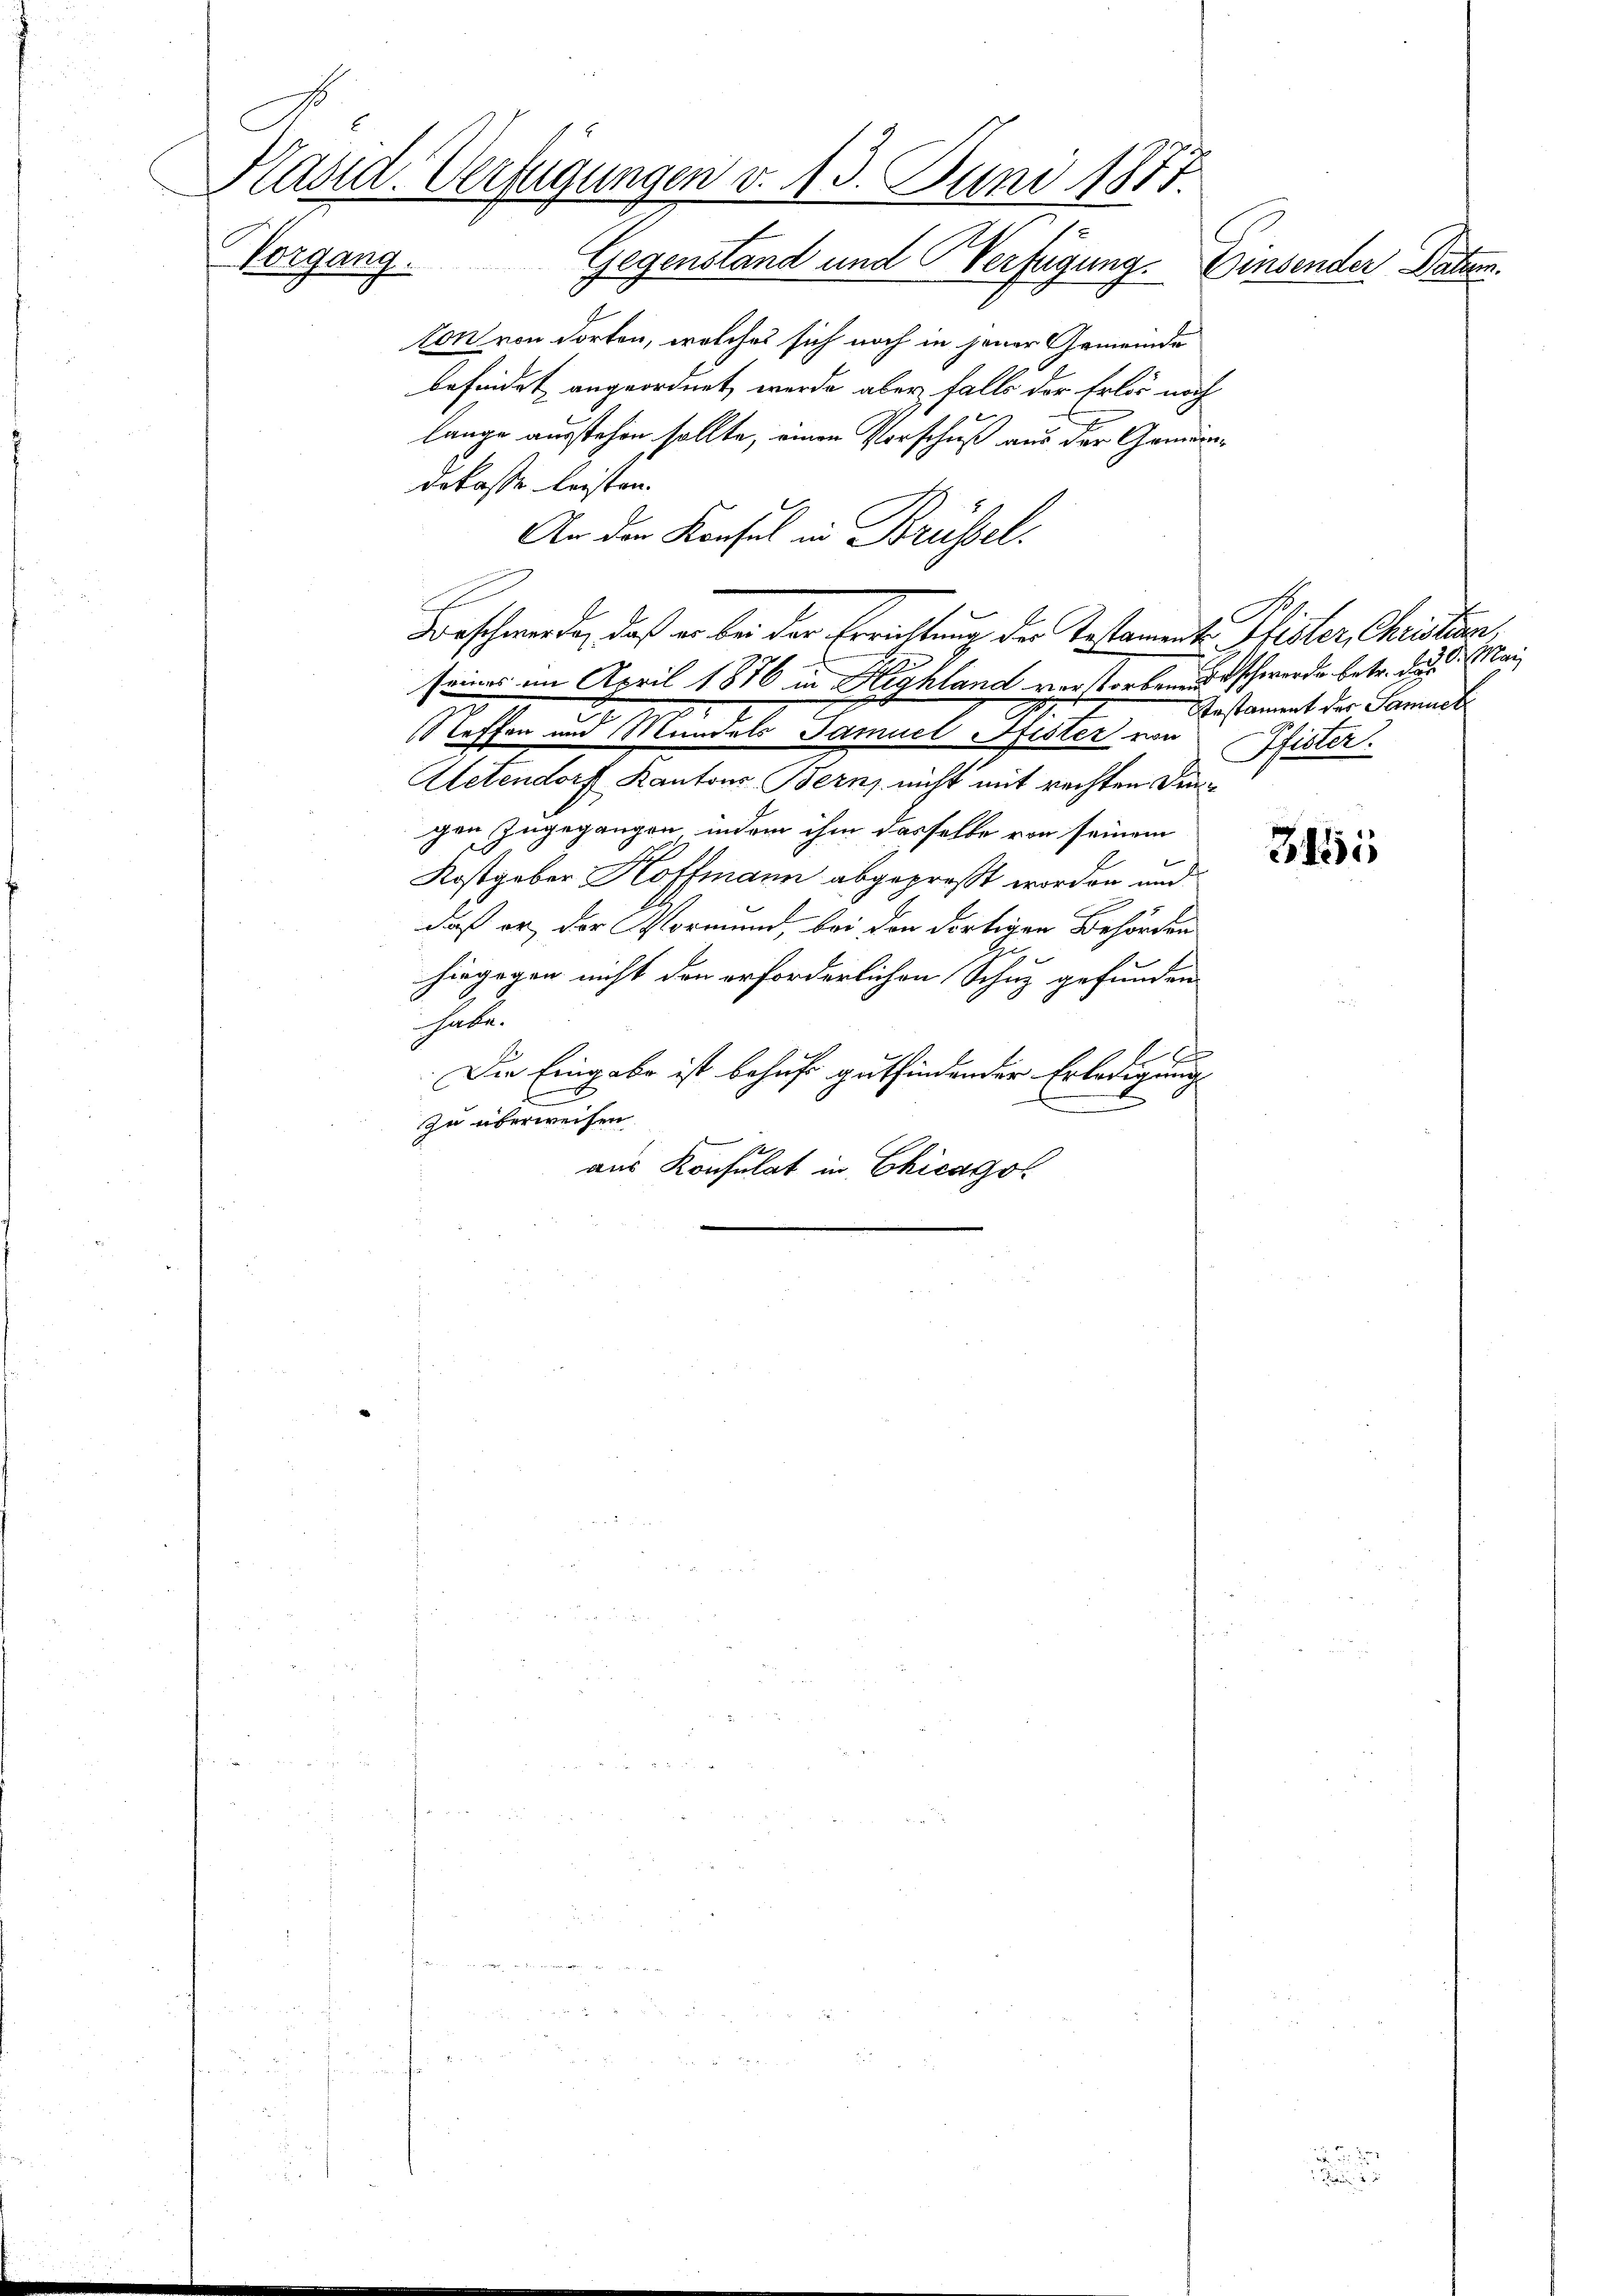
Käsid. Verfügungen v. 13. Juni 1871
NVorgang. Gegenstand und Verfügung.
Einsender Paten.

lon von dorten, welches sich noch in jener Gemeinde
befindet angeordnet werde aber falls der Erlös noch
lange ausstehen sollte, einen Vorschuß aus der Gemein
dekasse leisten.
An den Konsul in Brüssel.
seines im April 1876 in Highland vor Vorbenen schwerde betr. d. d. Mai
7
Steffen und Mündels Samuel fester von Pfister.
Aletendorf Kantons Bern, nicht mit rechten Jungen zugegangen, indem ihm dasselbe von seinem
Kostgeber Hoffmann abgepreßt worden und
daß er der Vormund, bei den dortigen Behörden
hingegen nicht den erforderlichen Schuz gefunden
habe.
t
1
Die Eingabe ist behuf gutfindender Erledigung
E
zu überweisen.
aus Konsulat in Chicagor

Beschwerde, daß er bei der Errichtung der Testament Pfister Christern,

Testament der Samuel

3451

a